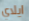
ايلاي